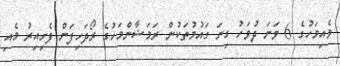
މެއިމަހުގެ 6 ވަނަ ދުވަހު ގިނަ ގައުމުތަކުން ރަމަޟާންމަހުގެ ރޯދަހިފަން ފެށިއިރު މެއި